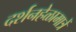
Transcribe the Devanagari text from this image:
दर्शनहेळामात्रें